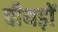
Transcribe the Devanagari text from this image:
चीथड़ों